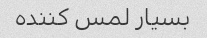
بسیار لمس کننده